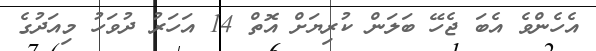
އެހެންވެ އެބަ ޖެހޭ ބަލަން ކުރިޔަށް އޮތް 14 އަހަރު ދުވަހު މިއަދުގެ